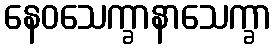
နေဝသေက္ခာနာသေက္ခာ